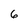
Character: 6